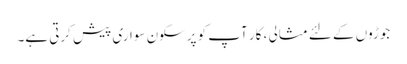
جوڑوں کے لئے مثالی ، کار آپ کو پرسکون سواری پیش کرتی ہے۔